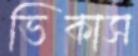
ভিকাস